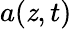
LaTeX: a(\mathit{z},t)